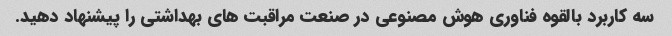
سه کاربرد بالقوه فناوری هوش مصنوعی در صنعت مراقبت های بهداشتی را پیشنهاد دهید.